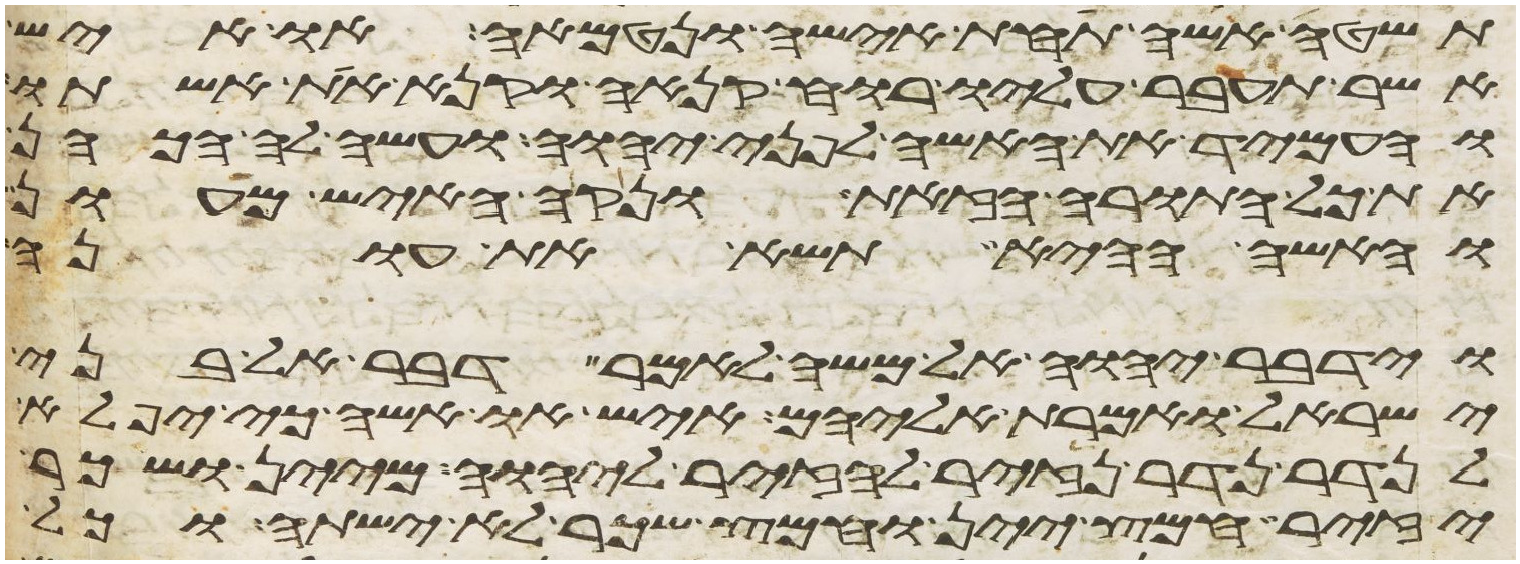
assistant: תשטה אשה תחת אישה ונטמאה או איש
אשר תעבר עליו רוח קנאה וקנא את אשתו
והעמיד את האשה לפני יהוה ועשה לה הכהן
את כל התורה הזאת ונקה האיש מעון
והאשה ההיא תשא את עונה
וידבר יהוה אל משה לאמר דבר אל בני
ישראל ואמרת אליהם איש או אשה כי יפלא
לנדר נדר נזיר להזיר ליהוה מיין ושכר
יזיר חמץ יין וחמץ שכר לא ישתה וכל